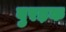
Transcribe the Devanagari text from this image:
बुरड़क